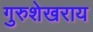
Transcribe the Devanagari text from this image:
गुरुशेखराय